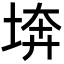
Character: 𡍋